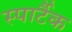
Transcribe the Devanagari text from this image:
स्पार्टैक